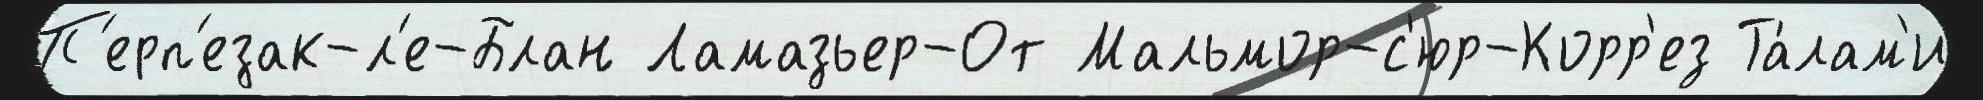
П'ерп'езак-л'е-Блан Ламазьер-От Мальмор-с'юр-Корр'ез Та́лам'и